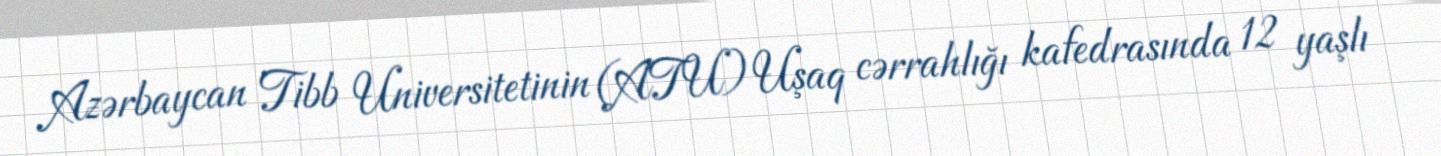
Azərbaycan Tibb Universitetinin (ATU) Uşaq cərrahlığı kafedrasında 12 yaşlı